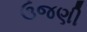
ઉજણી